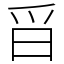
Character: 㸓